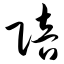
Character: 陪